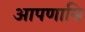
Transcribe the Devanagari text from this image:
आपणासि